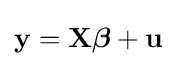
\mathbf {y} =\mathbf {X} {\boldsymbol {\beta }}+\mathbf {u}